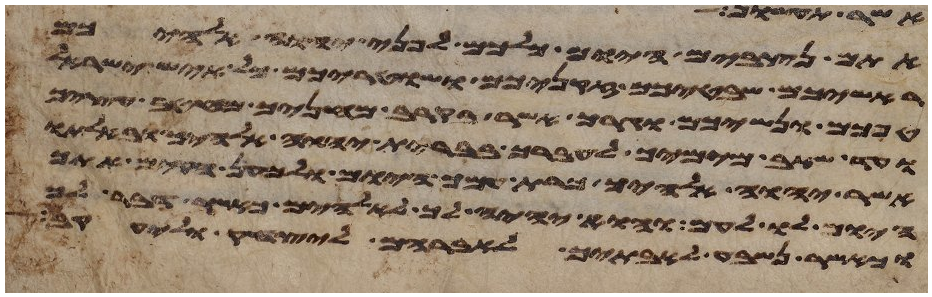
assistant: אתם נצבים היום כלכם לפני יהוה אלהיכם
ראשיכם שבטיכם זקניכם ושטריכם כל איש ישראל
טפכם ונשיכם וגרך אשר בקרב מחניך מחטב עציך
ועד שאב מימיך לעברך בברית יהוה אלהיך ובאלתו
אשר יהוה אלהיך כרת עמך היום ולמען הקים אתך
היום לו לעם והוא יהיה לך לאלהים כאשר דבר לך
וכאשר נשבע לאבתך לאברהם ליצחק וליעקב